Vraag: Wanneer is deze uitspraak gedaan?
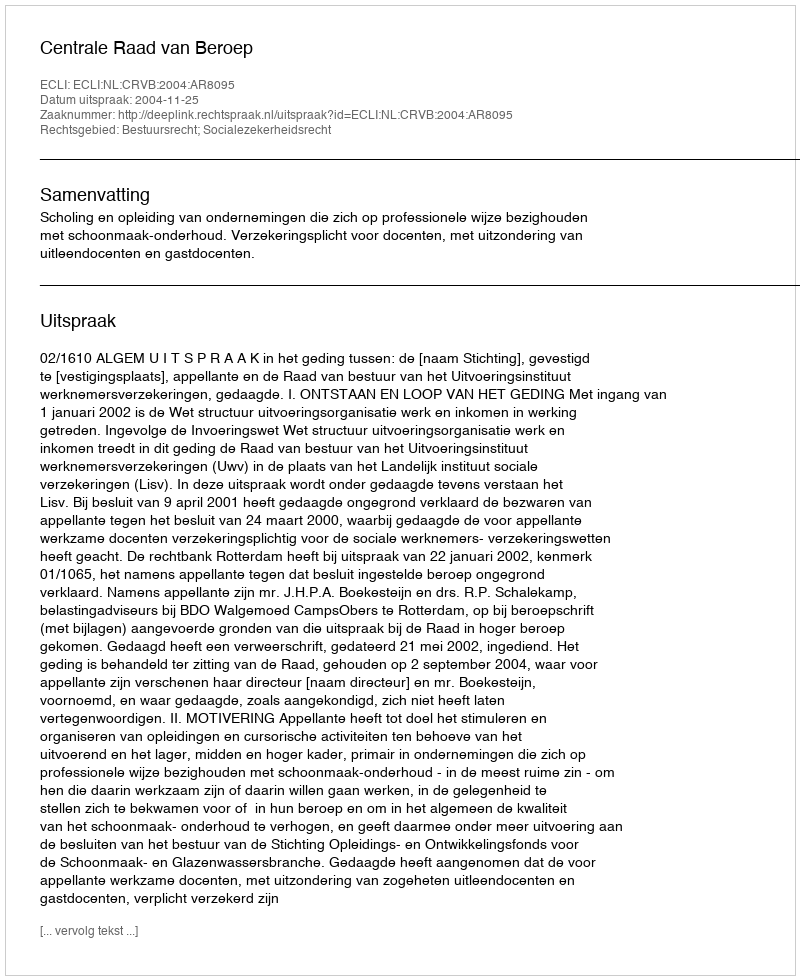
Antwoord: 2004-11-25